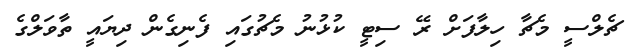
ޗެލްސީ މެޗާ ހިލާފަށް ރޭ ސިޓީ ކުޅުނު މެޗުގައި ފެނިގެން ދިޔައީ ތާވަލްގެ